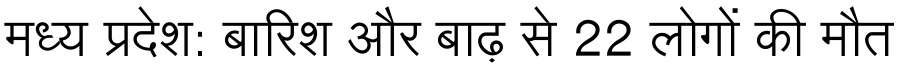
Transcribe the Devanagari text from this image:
मध्य प्रदेश: बारिश और बाढ़ से 22 लोगों की मौत